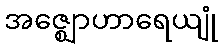
အဇ္ဈောဟာရေယျုံ